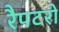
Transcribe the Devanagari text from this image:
रैपटरों